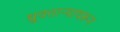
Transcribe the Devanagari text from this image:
ध्रुवताऱ्यावरून